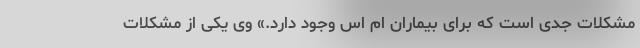
مشکلات جدی است که برای بیماران ام اس وجود دارد.» وی یکی از مشکلات